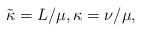
LaTeX: \begin{align*}\tilde \kappa = L/\mu, \kappa = \nu/\mu,\end{align*}